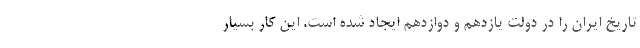
تاریخ ایران را در دولت یازدهم و دوازدهم ایجاد شده است. این کار بسیار